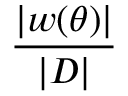
\frac { | \boldsymbol { w } ( \boldsymbol { \theta } ) | } { | D | }